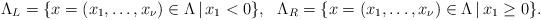
LaTeX: \begin{align*}\Lambda_L=\{x=(x_1, \dots, x_{\nu})\in \Lambda\, |\, x_1 <0\},\ \ \Lambda_R=\{x=(x_1, \dots, x_{\nu})\in \Lambda\, |\, x_1\ge 0\}.\end{align*}